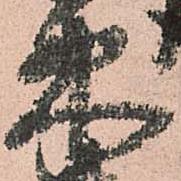
束